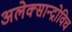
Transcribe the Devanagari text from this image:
अलेक्सान्द्रोविच